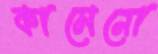
কামেনো